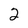
Character: 2